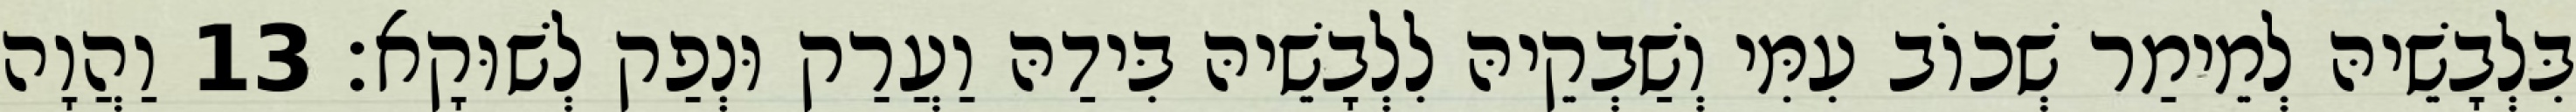
בִּלְבָשֵׁיהּ לְמֵימַר שְׁכוֹב עִמִּי וְשַׁבְקֵיהּ לִלְבָשֵׁיהּ בִּידַהּ וַעֲרַק וּנְפַק לְשׁוּקָא׃ 13 וַהֲוָה